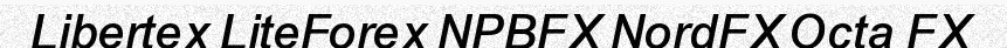
Libertex LiteForex NPBFX NordFX Octa FX